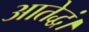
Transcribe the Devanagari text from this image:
आतेद्धं।